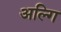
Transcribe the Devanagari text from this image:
अल्गि